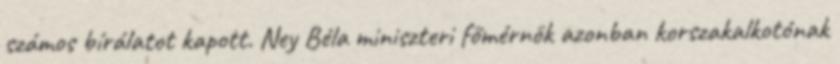
számos bírálatot kapott. Ney Béla miniszteri főmérnök azonban korszakalkotónak